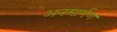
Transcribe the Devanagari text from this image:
अनमार्गण